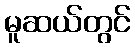
မူဆယ်တွင်